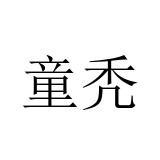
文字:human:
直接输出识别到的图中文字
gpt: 童秃